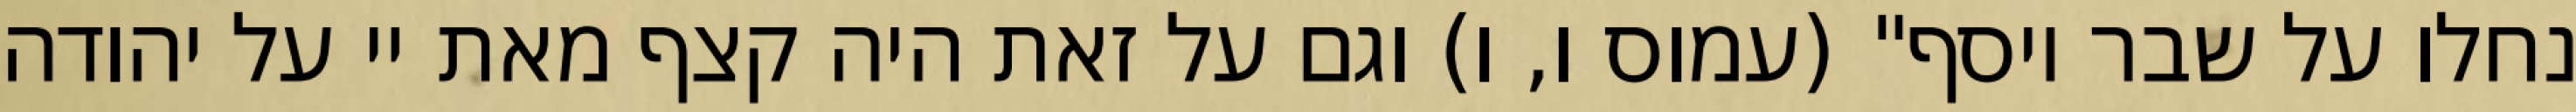
נחלו על שבר יוסף" (עמוס ו, ו) וגם על זאת היה קצף מאת יי על יהודה